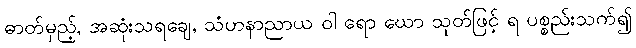
ဓာတ်မှည့်, အဆုံးသရချေ, သံဟနာညာယ ဝါ ရော ဃော သုတ်ဖြင့် ရ ပစ္စည်းသက်၍